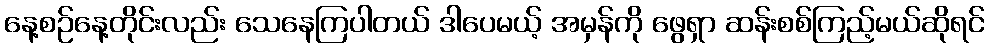
နေ့စဉ်နေ့တိုင်းလည်း သေနေကြပါတယ် ဒါပေမယ့် အမှန်ကို ဖွေရှာ ဆန်းစစ်ကြည့်မယ်ဆိုရင်